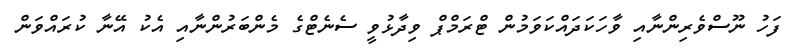
ފަހު ނޫސްވެރިންނާއި ވާހަކަދައްކަވަމުން ޓްރަމްޕް ވިދާޅުވީ ސެނެޓްގެ މެންބަރުންނާއި އެކު އޭނާ ކުރައްވަން